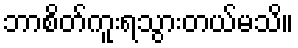
ဘာစိတ်ကူးရသွားတယ်မသိ။